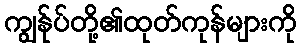
ကျွန်ုပ်တို့၏ထုတ်ကုန်များကို